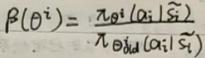
$P(\theta^i)=\frac{\pi_{\theta^i}(a_i|\tilde{s}_i)}{\pi_{\theta^{old}}(a_i|s_i)}$